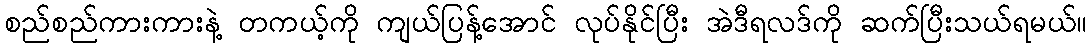
စည်စည်ကားကားနဲ့ တကယ့်ကို ကျယ်ပြန့်အောင် လုပ်နိုင်ပြီး အဲဒီရလဒ်ကို ဆက်ပြီးသယ်ရမယ်။